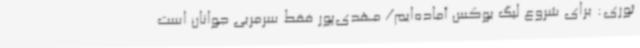
ثوری: برای شروع لیگ بوکس آماده‌ایم/ مهدی‌پور فقط سرمربی جوانان است